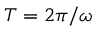
T = 2 \pi / \omega